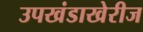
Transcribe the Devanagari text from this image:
उपखंडाखेरीज